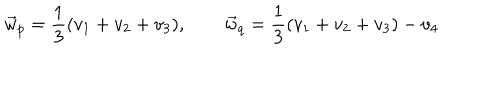
\vec { w } _ { p } = \frac { 1 } { 3 } ( v _ { 1 } + v _ { 2 } + v _ { 3 } ) , \qquad \vec { w } _ { q } = \frac { 1 } { 3 } ( v _ { 1 } + v _ { 2 } + v _ { 3 } ) - v _ { 4 }